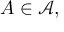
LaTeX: A \in { \mathcal { A } } ,